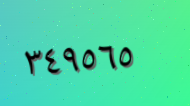
٣٤٩٥٦٥